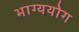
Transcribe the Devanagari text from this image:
भाग्ययोग